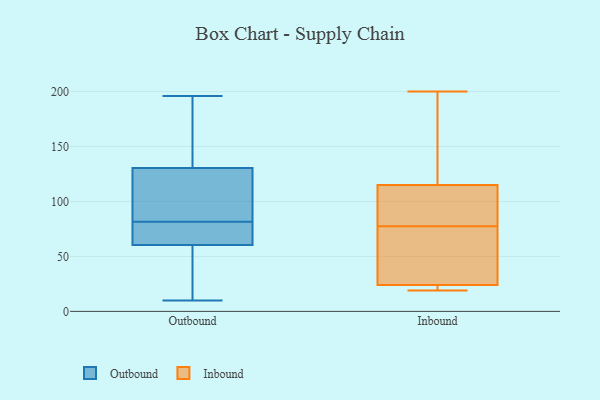
{"axis": {"x": "Customer Acquisition Cost (USD)", "y": "Value"}, "legend": ["Inbound", "Outbound"], "data": [{"x": "", "y": 68, "type": "Outbound"}, {"x": "", "y": 85, "type": "Outbound"}, {"x": "", "y": 196, "type": "Outbound"}, {"x": "", "y": 83, "type": "Outbound"}, {"x": "", "y": 61, "type": "Outbound"}, {"x": "", "y": 119, "type": "Outbound"}, {"x": "", "y": 142, "type": "Outbound"}, {"x": "", "y": 60, "type": "Outbound"}, {"x": "", "y": 80, "type": "Outbound"}, {"x": "", "y": 148, "type": "Outbound"}, {"x": "", "y": 85, "type": "Outbound"}, {"x": "", "y": 10, "type": "Outbound"}, {"x": "", "y": 117, "type": "Outbound"}, {"x": "", "y": 164, "type": "Outbound"}, {"x": "", "y": 65, "type": "Outbound"}, {"x": "", "y": 49, "type": "Outbound"}, {"x": "", "y": 79, "type": "Outbound"}, {"x": "", "y": 26, "type": "Outbound"}, {"x": "", "y": 173, "type": "Outbound"}, {"x": "", "y": 13, "type": "Outbound"}, {"x": "", "y": 91, "type": "Inbound"}, {"x": "", "y": 115, "type": "Inbound"}, {"x": "", "y": 168, "type": "Inbound"}, {"x": "", "y": 70, "type": "Inbound"}, {"x": "", "y": 200, "type": "Inbound"}, {"x": "", "y": 85, "type": "Inbound"}, {"x": "", "y": 59, "type": "Inbound"}, {"x": "", "y": 19, "type": "Inbound"}, {"x": "", "y": 24, "type": "Inbound"}, {"x": "", "y": 23, "type": "Inbound"}]}